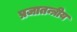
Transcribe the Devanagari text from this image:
प्रजातन्त्रीय